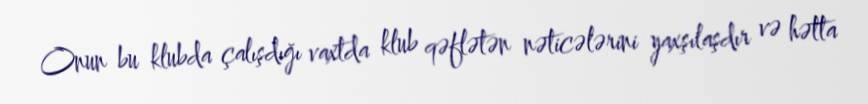
Onun bu klubda çalışdığı vaxtda klub qəflətən nəticələrini yaxşılaşdır və hətta